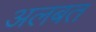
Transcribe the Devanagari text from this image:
अलबत